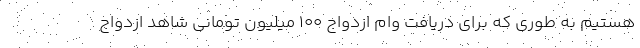
هستیم به طوری که برای دریافت وام ازدواج ۱۰۰ میلیون تومانی شاهد ازدواج